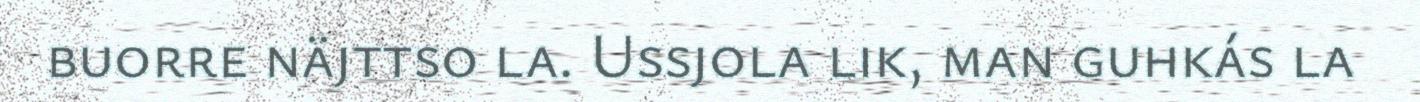
buorre näjttso la. Ussjola lik, man guhkás la